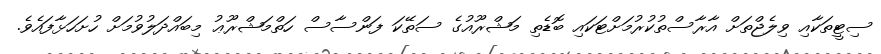
ސިޓީތަކާއި ވިލެޖްތަށް އާރާސްތުކުރުމަށްޓަކައި ބޮޑެތި މަޝްރޫއުގެ ސަތޭކަ ފަންސާސް ހަތްމަޝްރޫޢު މިބައްދަލުވުމަށް ހުށަހަޅާފައެވެ.